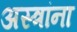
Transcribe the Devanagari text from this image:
अस्त्रांना